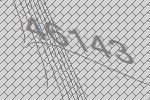
46143